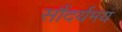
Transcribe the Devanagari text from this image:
सौंदर्यमय